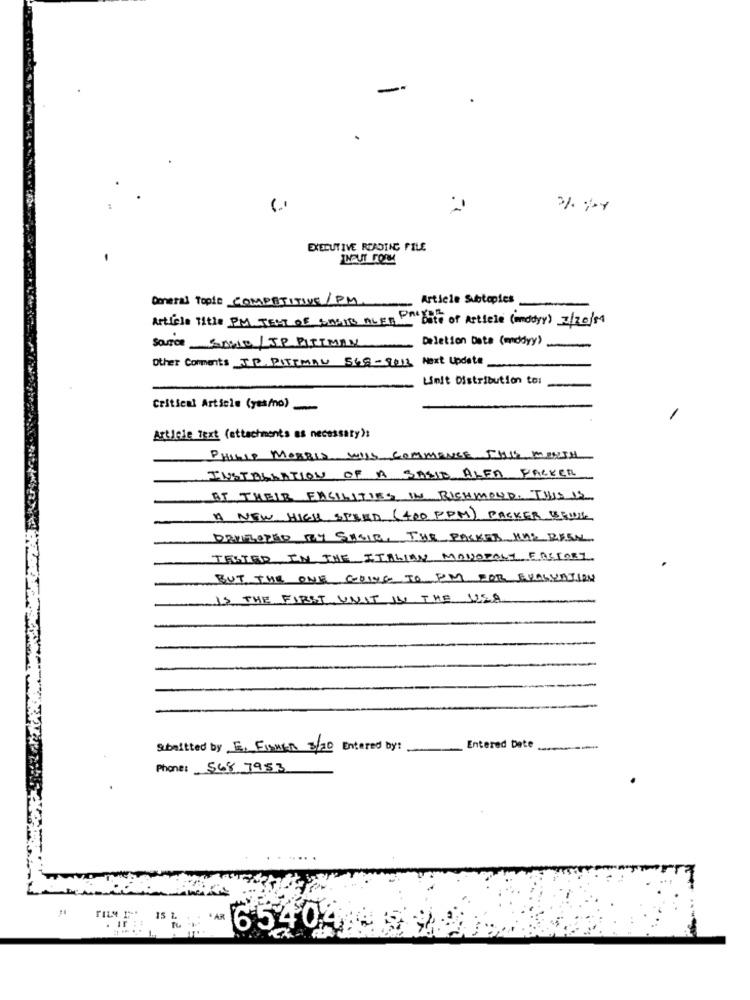
EXECUTIVE READING FILE
General Topic COMPETITIVE/PM
Article Subtopies
Article Title PM TEM OF BASIS ALES On Date of Article (anddyr) 2/20/09
SOURCE SOWIE/ JP PITTMAN
Deletion Data (mddyy)
-
Other Comments JR. PITTMAN 568-2013 Next Update
Limit Distribution to:
Critical Article (yes/no).
-
-
Artleie Text (attachments as necessary):
PHILIP MORRIS WILL COMMENCE THIS MONTH
INSTALLATION OF A SASIE ALFA FACKER
AT THEIR FACILITIES IN RICHMOND. THIS IS
A NEW HIGH SPEED (400 PPM) PACKER BRUK
DEVELOPED MY SASIE, THE PACKED HAS BEEN
TESTER IN THE ITALIAN MONOPOLY FACTORY
BUT THE ONE GOING TO PM FOR EVALUATION
13 THE FIRST UNIT IN THE USA
Submitted by E, FISHER 3/20 Entered by:
Entered Date
Phone: 568 7953
:: * AR
65404